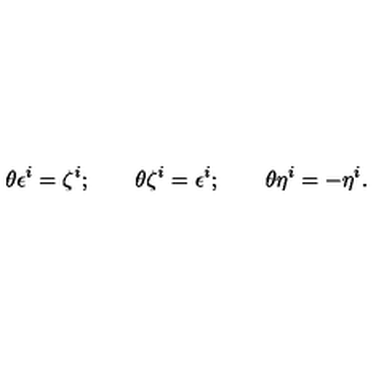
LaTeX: \theta \epsilon ^ { i } = \zeta ^ { i } ; \qquad \theta \zeta ^ { i } = \epsilon ^ { i } ; \qquad \theta \eta ^ { i } = - \eta ^ { i } .